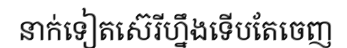
នាក់ទៀតស៊េរីហ្នឹងទើបតែចេញ